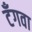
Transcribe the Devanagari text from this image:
टँगवा